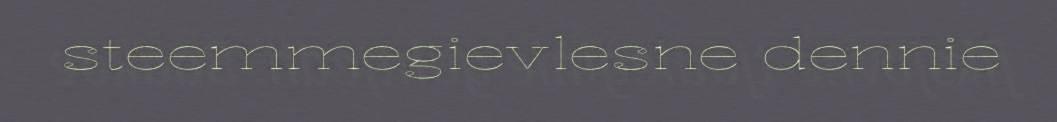
steemmegievlesne dennie